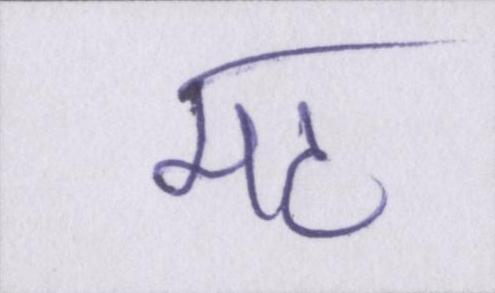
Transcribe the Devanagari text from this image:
मठ